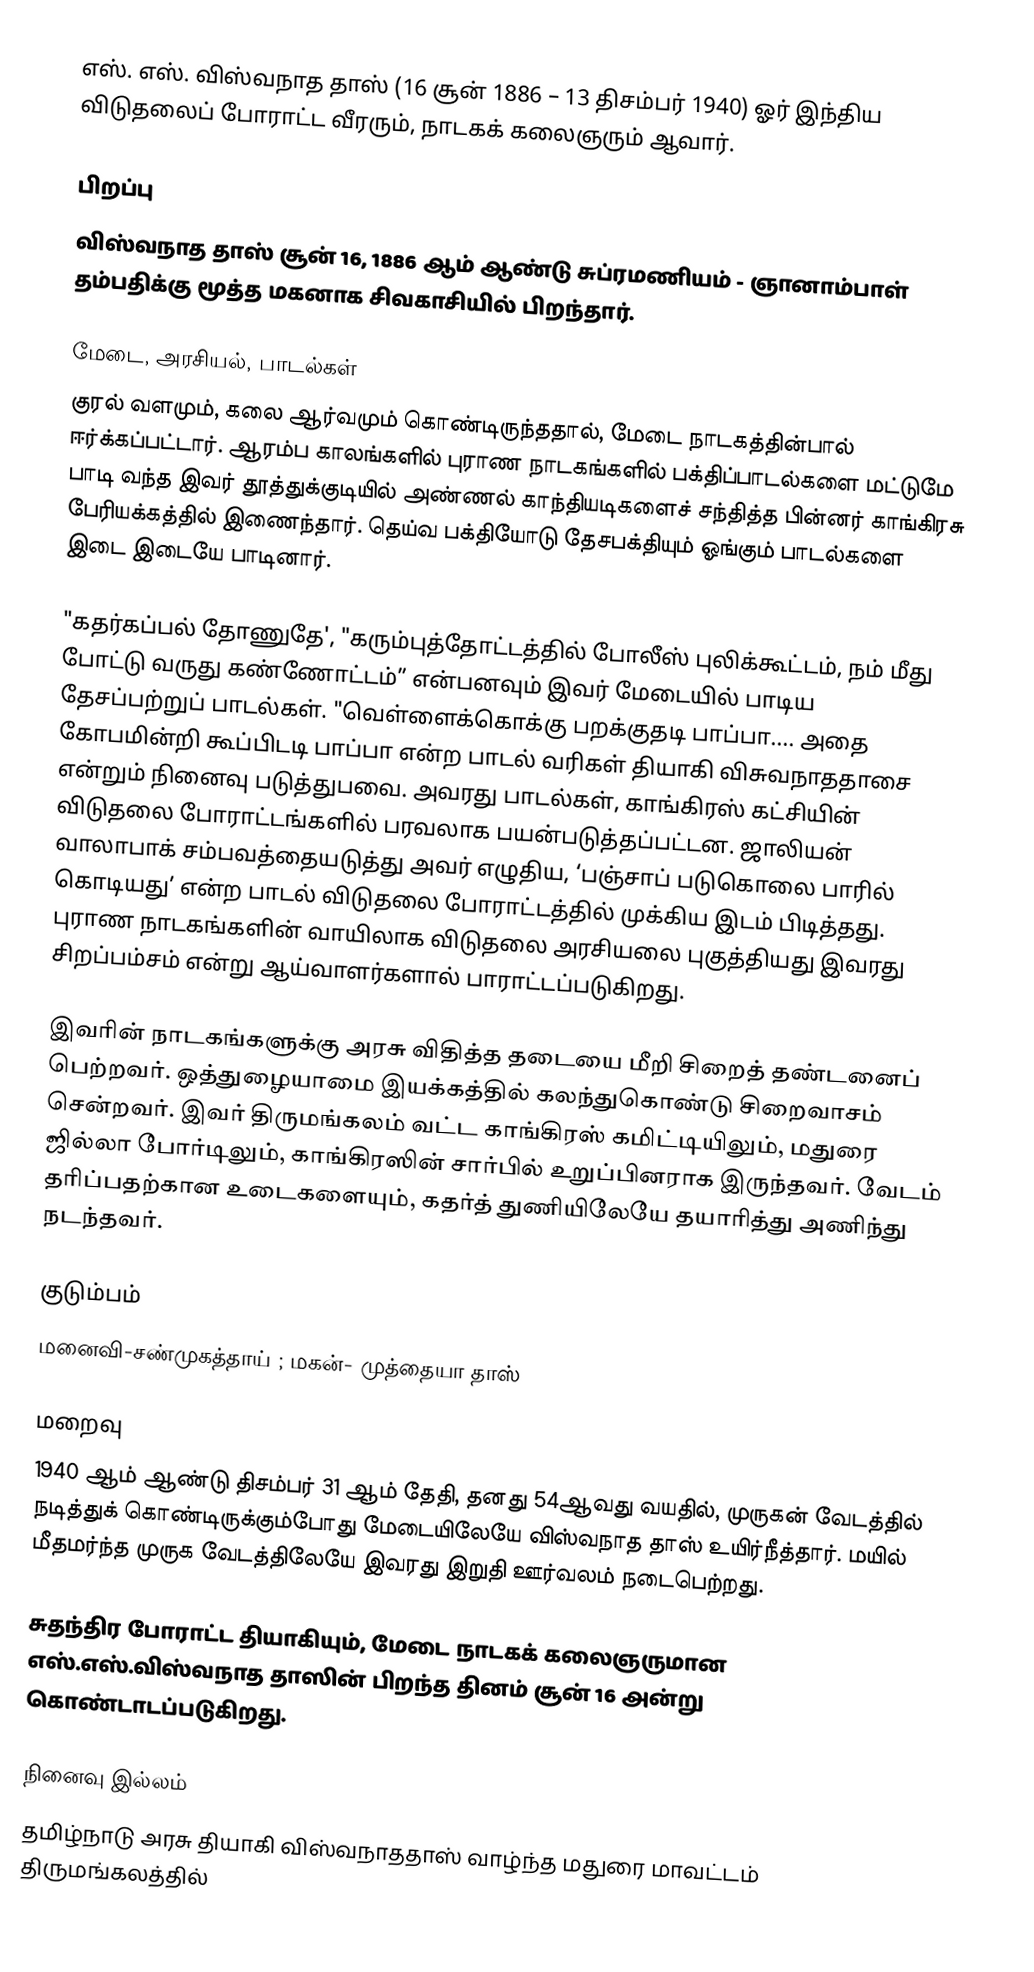
எஸ். எஸ். விஸ்வநாத தாஸ் (16 சூன் 1886 – 13 திசம்பர் 1940) ஓர் இந்திய விடுதலைப் போராட்ட வீரரும், நாடகக் கலைஞரும் ஆவார்.

பிறப்பு
விஸ்வநாத தாஸ் சூன் 16, 1886 ஆம் ஆண்டு சுப்ரமணியம் - ஞானாம்பாள் தம்பதிக்கு மூத்த மகனாக சிவகாசியில் பிறந்தார்.

மேடை, அரசியல், பாடல்கள்
குரல் வளமும், கலை ஆர்வமும் கொண்டிருந்ததால், மேடை நாடகத்தின்பால் ஈர்க்கப்பட்டார். ஆரம்ப காலங்களில் புராண நாடகங்களில் பக்திப்பாடல்களை மட்டுமே பாடி வந்த இவர் தூத்துக்குடியில் அண்ணல் காந்தியடிகளைச் சந்தித்த பின்னர் காங்கிரசு பேரியக்கத்தில் இணைந்தார். தெய்வ பக்தியோடு தேசபக்தியும் ஓங்கும் பாடல்களை இடை இடையே பாடினார்.

"கதர்கப்பல் தோணுதே', "கரும்புத்தோட்டத்தில் போலீஸ் புலிக்கூட்டம், நம் மீது போட்டு வருது கண்ணோட்டம்” என்பனவும் இவர் மேடையில் பாடிய தேசப்பற்றுப் பாடல்கள். "வெள்ளைக்கொக்கு பறக்குதடி பாப்பா.... அதை கோபமின்றி கூப்பிடடி பாப்பா என்ற பாடல் வரிகள் தியாகி விசுவநாததாசை என்றும் நினைவு படுத்துபவை. அவரது பாடல்கள், காங்கிரஸ் கட்சியின் விடுதலை போராட்டங்களில் பரவலாக பயன்படுத்தப்பட்டன. ஜாலியன் வாலாபாக் சம்பவத்தையடுத்து அவர் எழுதிய, ‘பஞ்சாப் படுகொலை பாரில் கொடியது’ என்ற பாடல் விடுதலை போராட்டத்தில் முக்கிய இடம் பிடித்தது. புராண நாடகங்களின் வாயிலாக விடுதலை அரசியலை புகுத்தியது இவரது சிறப்பம்சம் என்று ஆய்வாளர்களால் பாராட்டப்படுகிறது.

இவரின் நாடகங்களுக்கு அரசு விதித்த தடையை மீறி சிறைத் தண்டனைப் பெற்றவர். ஒத்துழையாமை இயக்கத்தில் கலந்துகொண்டு சிறைவாசம் சென்றவர். இவர் திருமங்கலம் வட்ட காங்கிரஸ் கமிட்டியிலும், மதுரை ஜில்லா போர்டிலும், காங்கிரஸின் சார்பில் உறுப்பினராக இருந்தவர். வேடம் தரிப்பதற்கான உடைகளையும், கதர்த் துணியிலேயே தயாரித்து அணிந்து நடந்தவர்.

குடும்பம்
மனைவி-சண்முகத்தாய் ; மகன்- முத்தையா தாஸ்

மறைவு
1940 ஆம் ஆண்டு திசம்பர் 31 ஆம் தேதி, தனது 54ஆவது வயதில், முருகன் வேடத்தில் நடித்துக் கொண்டிருக்கும்போது மேடையிலேயே விஸ்வநாத தாஸ் உயிர்நீத்தார். மயில் மீதமர்ந்த முருக வேடத்திலேயே இவரது இறுதி ஊர்வலம் நடைபெற்றது.

சுதந்திர போராட்ட தியாகியும், மேடை நாடகக் கலைஞருமான எஸ்.எஸ்.விஸ்வநாத தாஸின் பிறந்த தினம் சூன் 16 அன்று கொண்டாடப்படுகிறது.

நினைவு இல்லம்
தமிழ்நாடு அரசு தியாகி விஸ்வநாததாஸ் வாழ்ந்த மதுரை மாவட்டம் திருமங்கலத்தில்